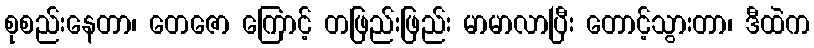
စုစည်းနေတာ၊ တေဇော ကြောင့် တဖြည်းဖြည်း မာမာလာပြီး တောင့်သွားတာ၊ ဒီထဲက